Annual report of the Punjab Veterinary College and of the Civil Veterinary Department, Punjab - 1920-1925
Year: 1920
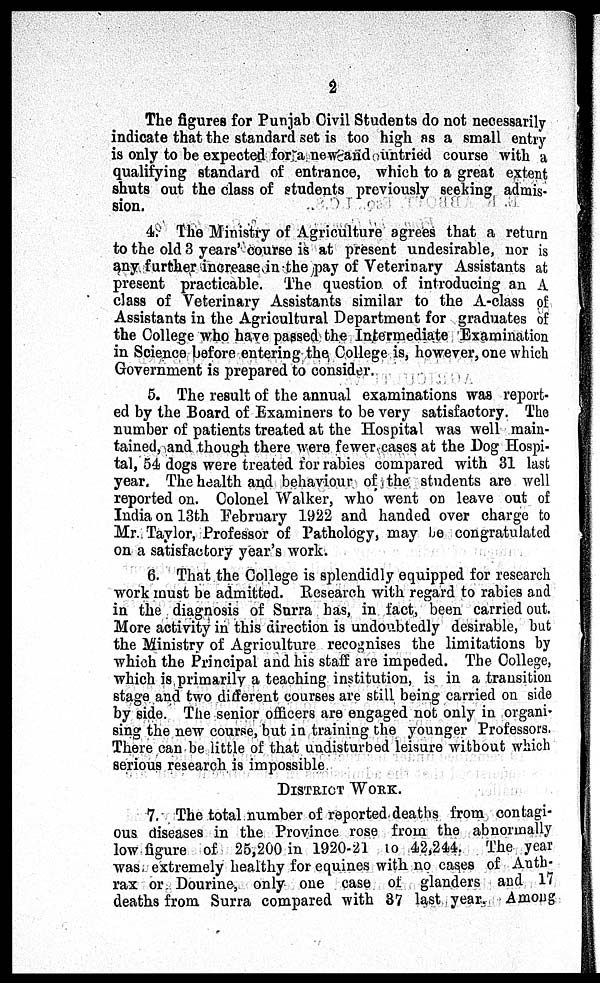
2
The figures for Punjab Civil Students do not necessarily
indicate that the standard set is too high as a small entry
is only to be expected for a new and untried course with a
qualifying standard of entrance, which to a great extent
shuts out the class of students previously seeking admis-
sion.
4. The Ministry of Agriculture agrees that a return
to the old 3 years' course is at present undesirable, nor is
any further increase in the pay of Veterinary Assistants at
present practicable. The question of introducing an A
class of Veterinary Assistants similar to the A-class of
Assistants in the Agricultural Department for graduates of
the College who have passed the Intermediate Examination
in Science before entering the College is, however, one which
Government is prepared to consider.
5. The result of the annual examinations was report-
ed by the Board of Examiners to be very satisfactory. The
number of patients treated at the Hospital was well main-
tained, and though there were fewer cases at the Dog Hospi-
tal, 54 dogs were treated for rabies compared with 31 last
year. The health and behaviour of the students are well
reported on. Colonel Walker, who went on leave out of
India on 13th February 1922 and handed over charge to
Mr. Taylor, Professor of Pathology, may be congratulated
on a satisfactory year's work.
6. That the College is splendidly equipped for research
work must be admitted. Research with regard to rabies and
in the diagnosis of Surra has, in fact, been carried out.
More activity in this direction is undoubtedly desirable, but
the Ministry of Agriculture recognises the limitations by
which the Principal and his staff are impeded. The College,
which is primarily a teaching institution, is in a transition
stage and two different courses are still being carried on side
by side. The senior officers are engaged not only in organi-
sing the new course, but in training the younger Professors.
There can be little of that undisturbed leisure without which
serious research is impossible
DISTRICT WORK.
7. The total number of reported deaths from contagi-
ous diseases in the Province rose from the abnormally
low figure of 25,200 in 1920-21 to 42,244. The year
was extremely healthy for equines with no cases of Anth-
rax or Dourine, only one case of glanders and 17
deaths from Surra compared with 37 last year. Among